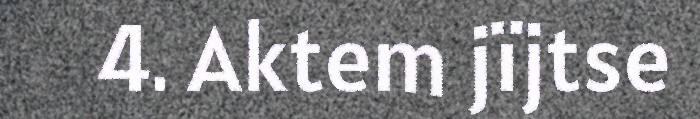
4. Aktem jïjtse